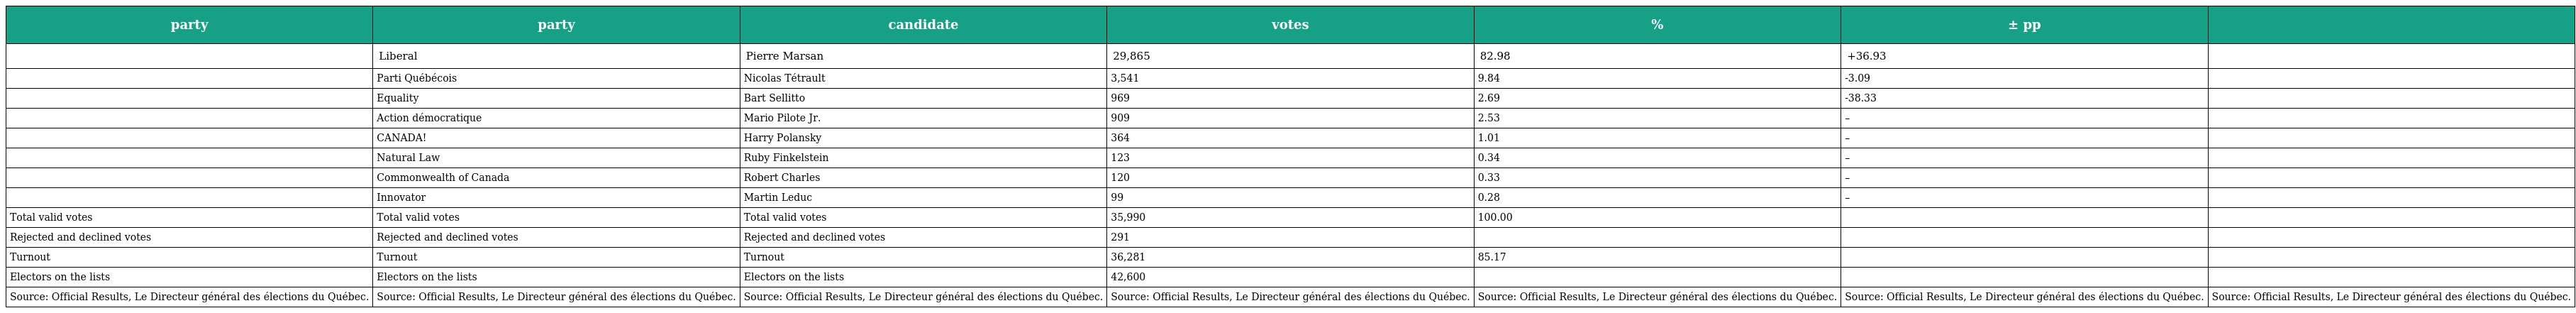
| party | party | candidate | votes | % | ± pp |  |
 | --- | --- | --- | --- | --- | --- | --- |
 |  | Liberal | Pierre Marsan | 29,865 | 82.98 | +36.93 |  |
 |  | Parti Québécois | Nicolas Tétrault | 3,541 | 9.84 | -3.09 |  |
 |  | Equality | Bart Sellitto | 969 | 2.69 | -38.33 |  |
 |  | Action démocratique | Mario Pilote Jr. | 909 | 2.53 | – |  |
 |  | CANADA! | Harry Polansky | 364 | 1.01 | – |  |
 |  | Natural Law | Ruby Finkelstein | 123 | 0.34 | – |  |
 |  | Commonwealth of Canada | Robert Charles | 120 | 0.33 | – |  |
 |  | Innovator | Martin Leduc | 99 | 0.28 | – |  |
 | Total valid votes | Total valid votes | Total valid votes | 35,990 | 100.00 |  |  |
 | Rejected and declined votes | Rejected and declined votes | Rejected and declined votes | 291 |  |  |  |
 | Turnout | Turnout | Turnout | 36,281 | 85.17 |  |  |
 | Electors on the lists | Electors on the lists | Electors on the lists | 42,600 |  |  |  |
 | Source: Official Results, Le Directeur général des élections du Québec. | Source: Official Results, Le Directeur général des élections du Québec. | Source: Official Results, Le Directeur général des élections du Québec. | Source: Official Results, Le Directeur général des élections du Québec. | Source: Official Results, Le Directeur général des élections du Québec. | Source: Official Results, Le Directeur général des élections du Québec. | Source: Official Results, Le Directeur général des élections du Québec. |